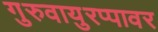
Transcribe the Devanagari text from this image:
गुरुवायुरप्पावर